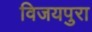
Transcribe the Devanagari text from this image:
विजयपुरा